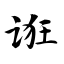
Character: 诳